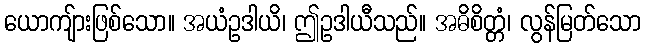
ယောကျ်ားဖြစ်သော။ အယံဥဒါယိ၊ ဤဥဒါယီသည်။ အဓိစိတ္တံ၊ လွန်မြတ်သော